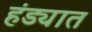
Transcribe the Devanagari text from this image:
हंड्यात